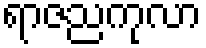
ရာဇညကုလာ